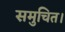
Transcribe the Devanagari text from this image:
समुचित।